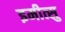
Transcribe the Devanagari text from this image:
इमीत्सु